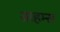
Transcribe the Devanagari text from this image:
ग्राहम्स